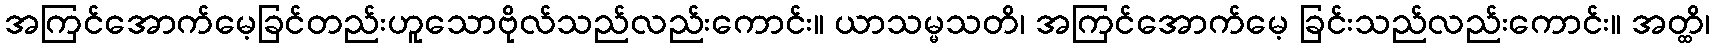
အကြင်အောက်မေ့ခြင်တည်းဟူသောဗိုလ်သည်လည်းကောင်း။ ယာသမ္မသတိ၊ အကြင်အောက်မေ့ ခြင်းသည်လည်းကောင်း။ အတ္ထိ၊